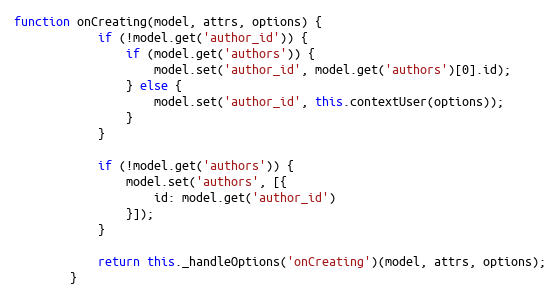
Language: JavaScript
function onCreating(model, attrs, options) {
            if (!model.get('author_id')) {
                if (model.get('authors')) {
                    model.set('author_id', model.get('authors')[0].id);
                } else {
                    model.set('author_id', this.contextUser(options));
                }
            }

            if (!model.get('authors')) {
                model.set('authors', [{
                    id: model.get('author_id')
                }]);
            }

            return this._handleOptions('onCreating')(model, attrs, options);
        }